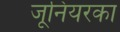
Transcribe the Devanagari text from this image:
जूनियरका